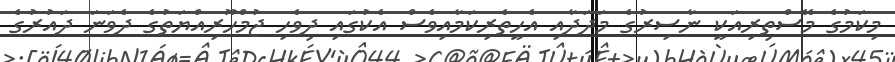
މިކަމުގެ މޭސްތިރިއަކީ ނާސިރުގެ މަދަދާއި އެހީތެރިކަމާއިވެސް އެކުގައި ދިވެހި ޖުމްހޫރިއްޔަތުގެ ދެވަނަ ދައުރުގެ